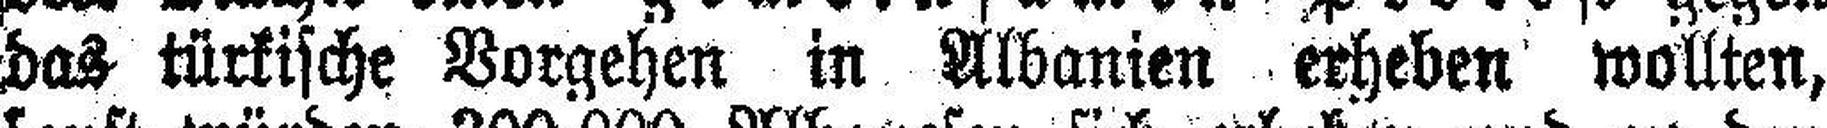
das türkische Vorgehen in Albanien erheben wollten,